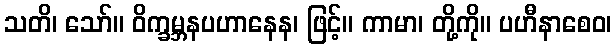
သတိ၊ သော်။ ဝိက္ခမ္ဘနပဟာနေန၊ ဖြင့်။ ကာမာ၊ တို့ကို။ ပဟီနာစေဝ၊